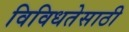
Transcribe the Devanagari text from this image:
विविधतेसाठी